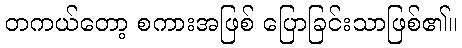
တကယ်တော့ စကားအဖြစ် ပြောခြင်းသာဖြစ်၏။